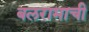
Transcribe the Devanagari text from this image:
बलरामाची